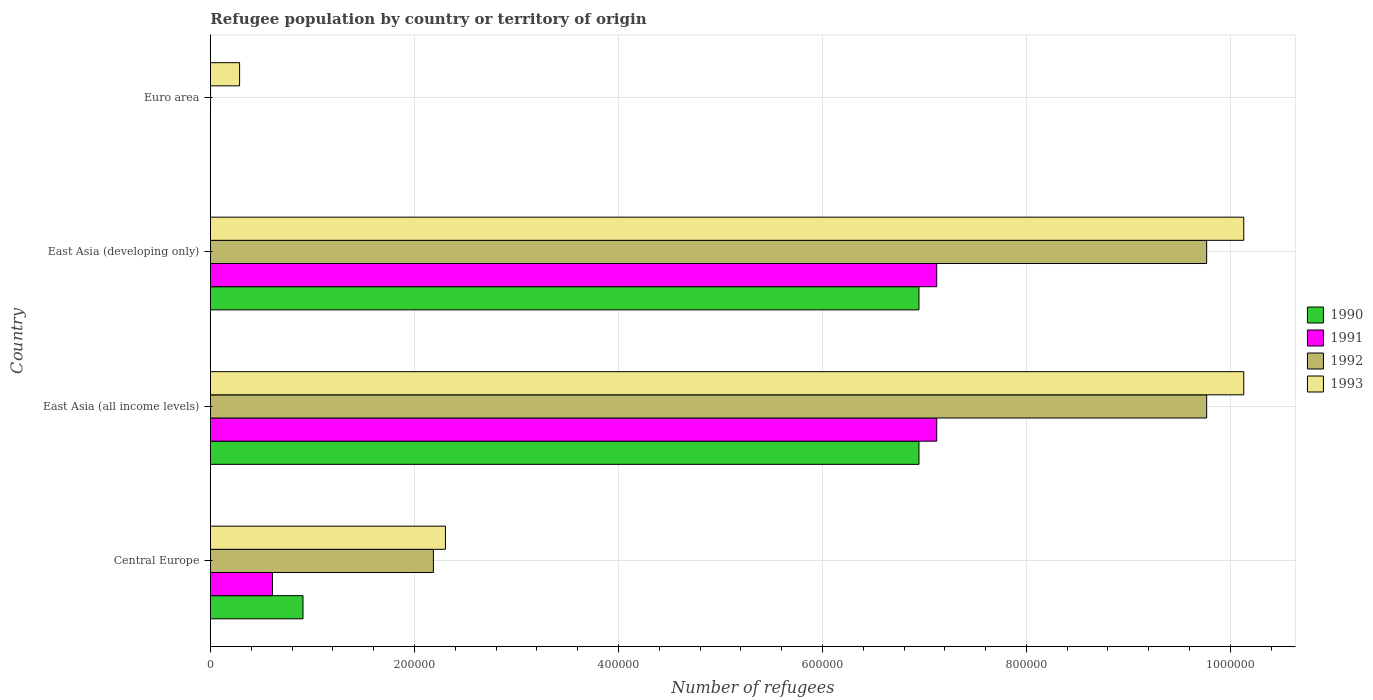
| Country | 1990 | 1991 | 1992 | 1993 |
 | --- | --- | --- | --- | --- |
 | Central Europe | 9.07e+04 | 6.08e+04 | 2.19e+05 | 2.3e+05 |
 | East Asia (all income levels) | 6.95e+05 | 7.12e+05 | 9.77e+05 | 1.01e+06 |
 | East Asia (developing only) | 6.95e+05 | 7.12e+05 | 9.77e+05 | 1.01e+06 |
 | Euro area | 32 | 17 | 78 | 2.86e+04 |